Vaccination in Bombay 1924-1928 - 1924-1928
Year: 1924
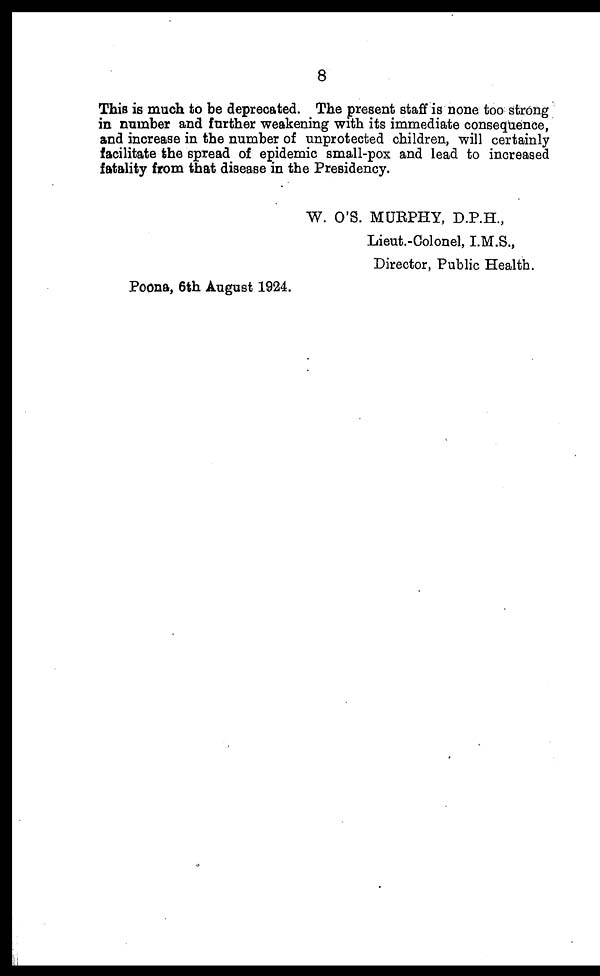
8
This is much to be deprecated. The present staff is none too strong
in number and further weakening with its immediate consequence,
and increase in the number of unprotected children, will certainly
facilitate the spread of epidemic small-pox and lead to increased
fatality from that disease in the Presidency.
W. O'S. MURPHY, D.P.H.,
Lieut.-Colonel, I.M.S.,
Director, Public Health.
Poona, 6th August 1924.